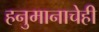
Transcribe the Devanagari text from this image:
हनुमानाचेही